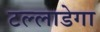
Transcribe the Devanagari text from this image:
टल्लाडेगा